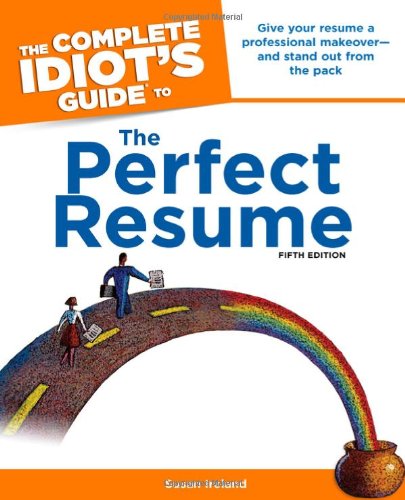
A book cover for The Complete Idiot's Guide to the Perfect Resume, 5th Edition (Idiot's Guides); Susan Ireland; Reference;